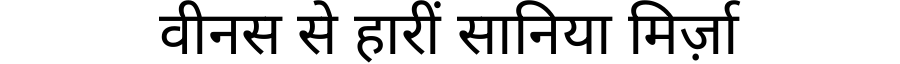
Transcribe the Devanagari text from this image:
वीनस से हारीं सानिया मिर्ज़ा